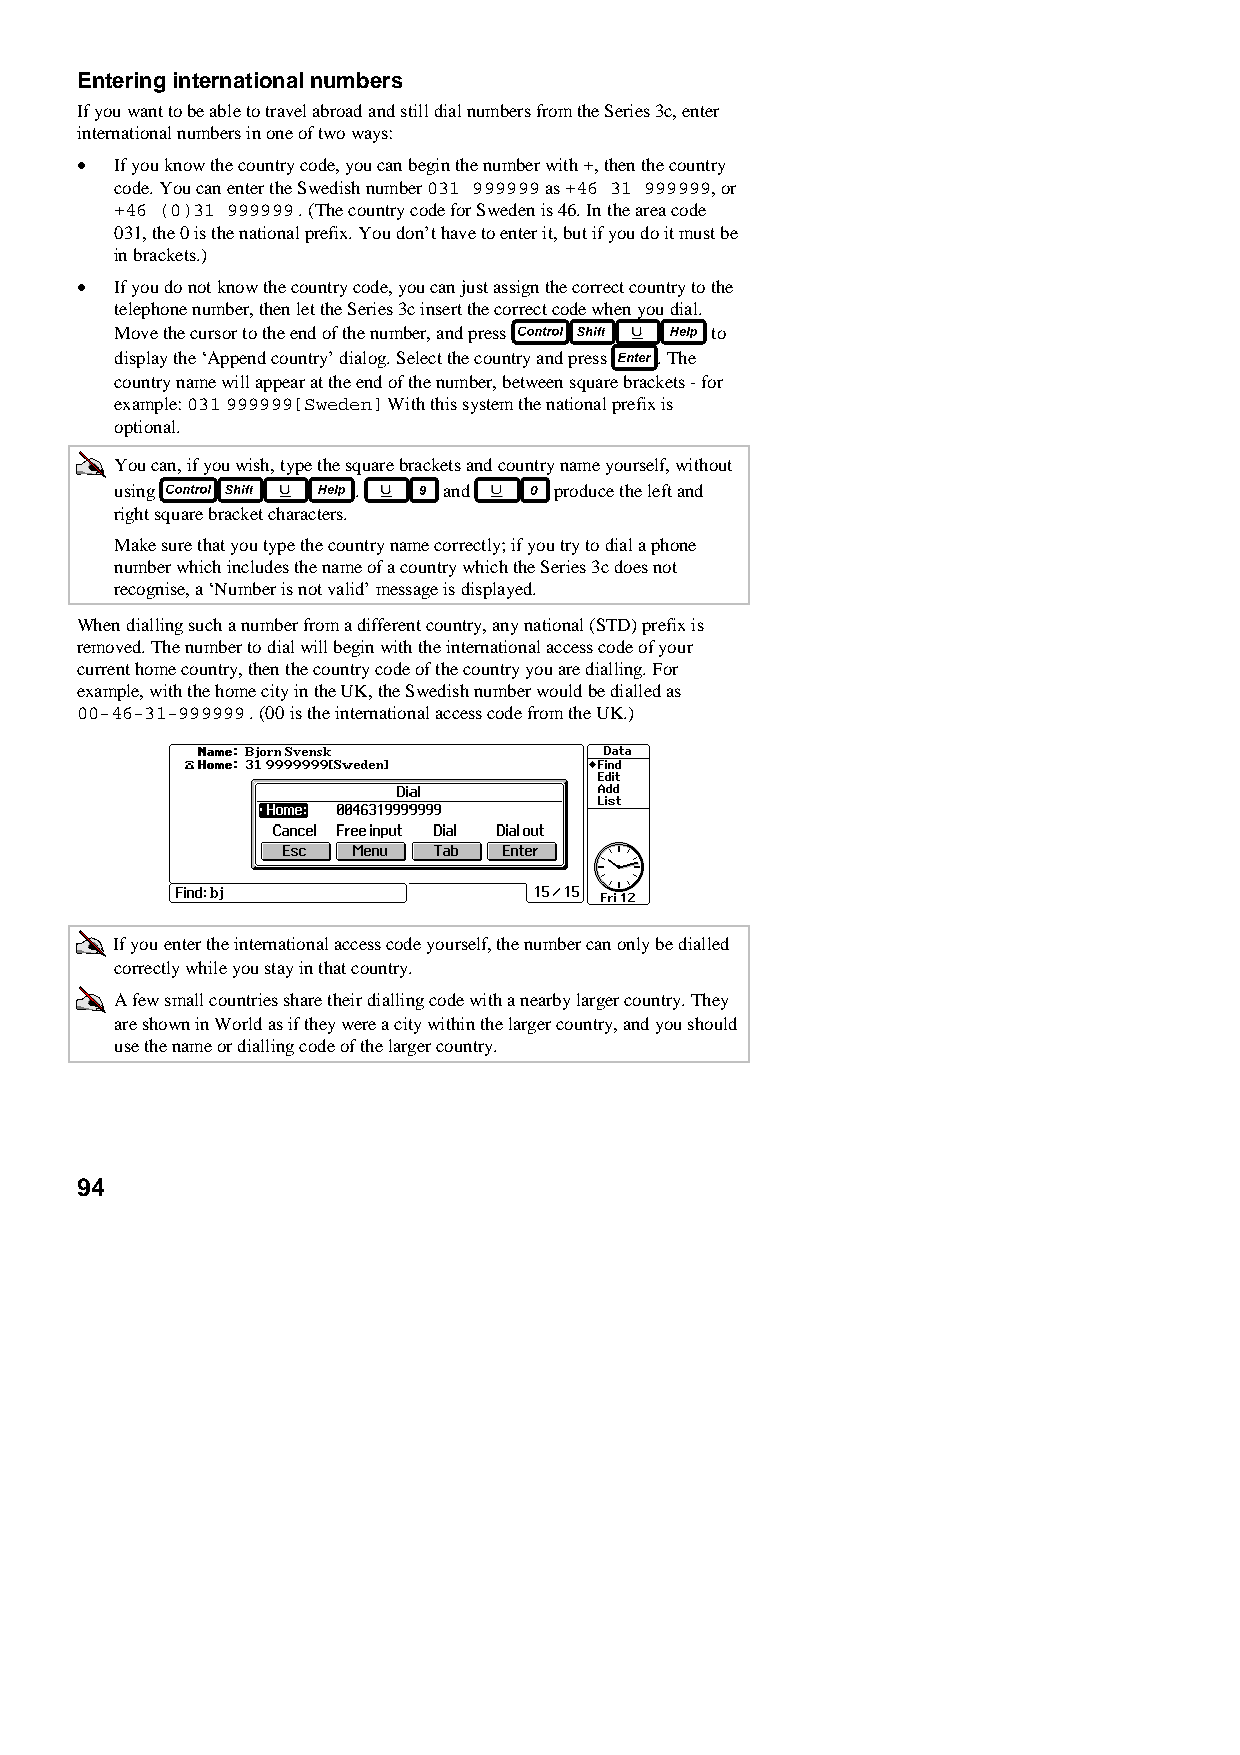
Entering international numbers
 If you want to be able to travel abroad and still dial numbers from the Series 3c, enter
 international numbers in one of two ways:
 •  If you know the country code, you can begin the number with +, then the country
 code. You can enter the Swedish number 031 999999 as +46 31 999999, or
 +46 (0)31 999999 . (The country code for Sweden is 46. In the area code
 031, the 0 is the national prefix. You don’t have to enter it, but if you do it must be
 in brackets.)
 •  If you do not know the country code, you can just assign the correct country to the
 telephone number, then let the Series 3c insert the correct code when you dial.
 Move the cursor to the end of the number, and press to
 display the ‘Append country’ dialog. Select the country and press . The
 country name will appear at the end of the number, between square brackets - for
 example: 031 999999[Sweden] With this system the national prefix is
 optional.
 You can, if you wish, type the square brackets and country name yourself, without
 using          .     and     produce the left and
 right square bracket characters.
 Make sure that you type the country name correctly; if you try to dial a phone
 number which includes the name of a country which the Series 3c does not
 recognise, a ‘Number is not valid’ message is displayed.
 When dialling such a number from a different country, any national (STD) prefix is
 removed. The number to dial will begin with the international access code of your
 current home country, then the country code of the country you are dialling. For
 example, with the home city in the UK, the Swedish number would be dialled as
 00-46-31-999999 . (00 is the international access code from the UK.)
 If you enter the international access code yourself, the number can only be dialled
 correctly while you stay in that country.
 A few small countries share their dialling code with a nearby larger country. They
 are shown in World as if they were a city within the larger country, and you should
 use the name or dialling code of the larger country.
 94